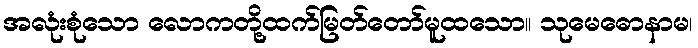
အလုံးစုံသော လောကတို့ထက်မြတ်တော်မူထသော။ သုမေဓောနာမ၊